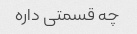
چه قسمتی داره